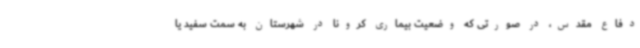
دفاع مقدس، در صورتی که وضعیت بیماری کرونا در شهرستان به سمت سفید یا